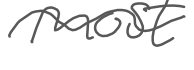
Text: most
Cross-out: wave
Writing tool: digital_gray